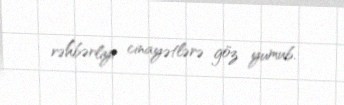
rəhbərliyi cinayətlərə göz yumub.